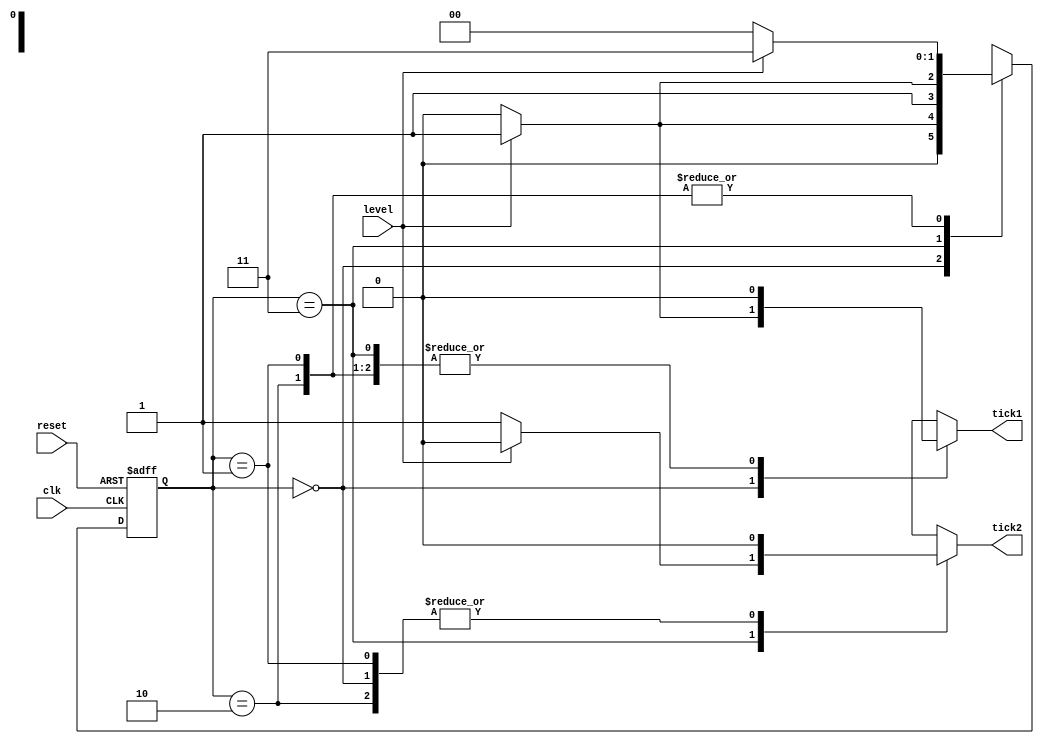
module dual_edge_detector (
    input wire clk, reset,
    input wire level,
    output reg tick1, tick2
);
    // all states of the state machine
    localparam [1:0] zero=2'b00, edge1=2'b01, edge2=2'b10, one=2'b11;

    // registered required in the FSM
    reg [1:0] state_next, state_reg;

    // state register
    always @(posedge clk, posedge reset)
        if(reset)
            state_reg <= zero;
        else
            state_reg <= state_next;

    // next state logic and output logic
    always @* begin
        // default values
        state_next = state_reg;
        tick1 = 1'b0;
        tick2 = 1'b0;
        case (state_reg)
            zero : 
                if (level) begin
                    state_next = edge1;
                    tick1 = 1'b1;
                end
                else
                    state_next = zero;
            edge1 :
                if (level)
                    state_next = one;
                else
                    state_next = zero;
            one :
                if (~level) begin
                    state_next = edge2;
                    tick2 = 1'b1;
                end
                else
                    state_next = one;
            edge2 :
                if (level) 
                    state_next = one;
                else
                    state_next = zero;
            default: state_next = zero;
        endcase
    end

    // next state logic



endmodule